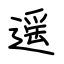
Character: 遥